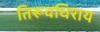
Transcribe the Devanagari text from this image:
तिरूवधिराय